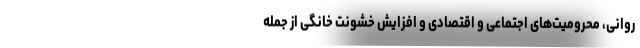
روانی، محرومیت‌های اجتماعی و اقتصادی و افزایش خشونت خانگی از جمله